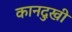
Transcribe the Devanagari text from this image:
कानदुखी